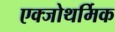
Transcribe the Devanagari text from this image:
एक्जोथर्मिक